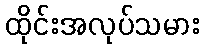
ထိုင်းအလုပ်သမား